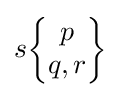
s{\begin{Bmatrix}p\\q,r\end{Bmatrix}}